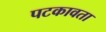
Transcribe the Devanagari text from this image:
पटकावता